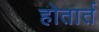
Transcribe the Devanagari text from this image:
होतार्त